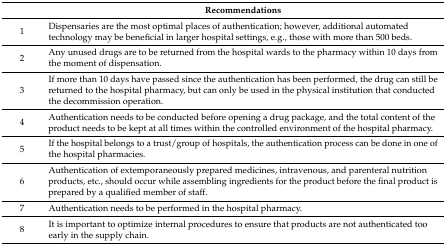
<table><thead><tr><td></td><td><b>Recommendations</b></td></tr></thead><tbody><tr><td>1</td><td>Dispensaries are the most optimal places of authentication; however, additional automated technology may be beneficial in larger hospital settings, e.g., those with more than 500 beds.</td></tr><tr><td>2</td><td>Any unused drugs are to be returned from the hospital wards to the pharmacy within 10 days from the moment of dispensation.</td></tr><tr><td>3</td><td>If more than 10 days have passed since the authentication has been performed, the drug can still be returned to the hospital pharmacy, but can only be used in the physical institution that conducted the decommission operation.</td></tr><tr><td>4</td><td>Authentication needs to be conducted before opening a drug package, and the total content of the product needs to be kept at all times within the controlled environment of the hospital pharmacy.</td></tr><tr><td>5</td><td>If the hospital belongs to a trust/group of hospitals, the authentication process can be done in one of the hospital pharmacies.</td></tr><tr><td>6</td><td>Authentication of extemporaneously prepared medicines, intravenous, and parenteral nutrition products, etc., should occur while assembling ingredients for the product before the final product is prepared by a qualified member of staff.</td></tr><tr><td>7</td><td>Authentication needs to be performed in the hospital pharmacy.</td></tr><tr><td>8</td><td>It is important to optimize internal procedures to ensure that products are not authenticated too early in the supply chain.</td></tr></tbody></table>